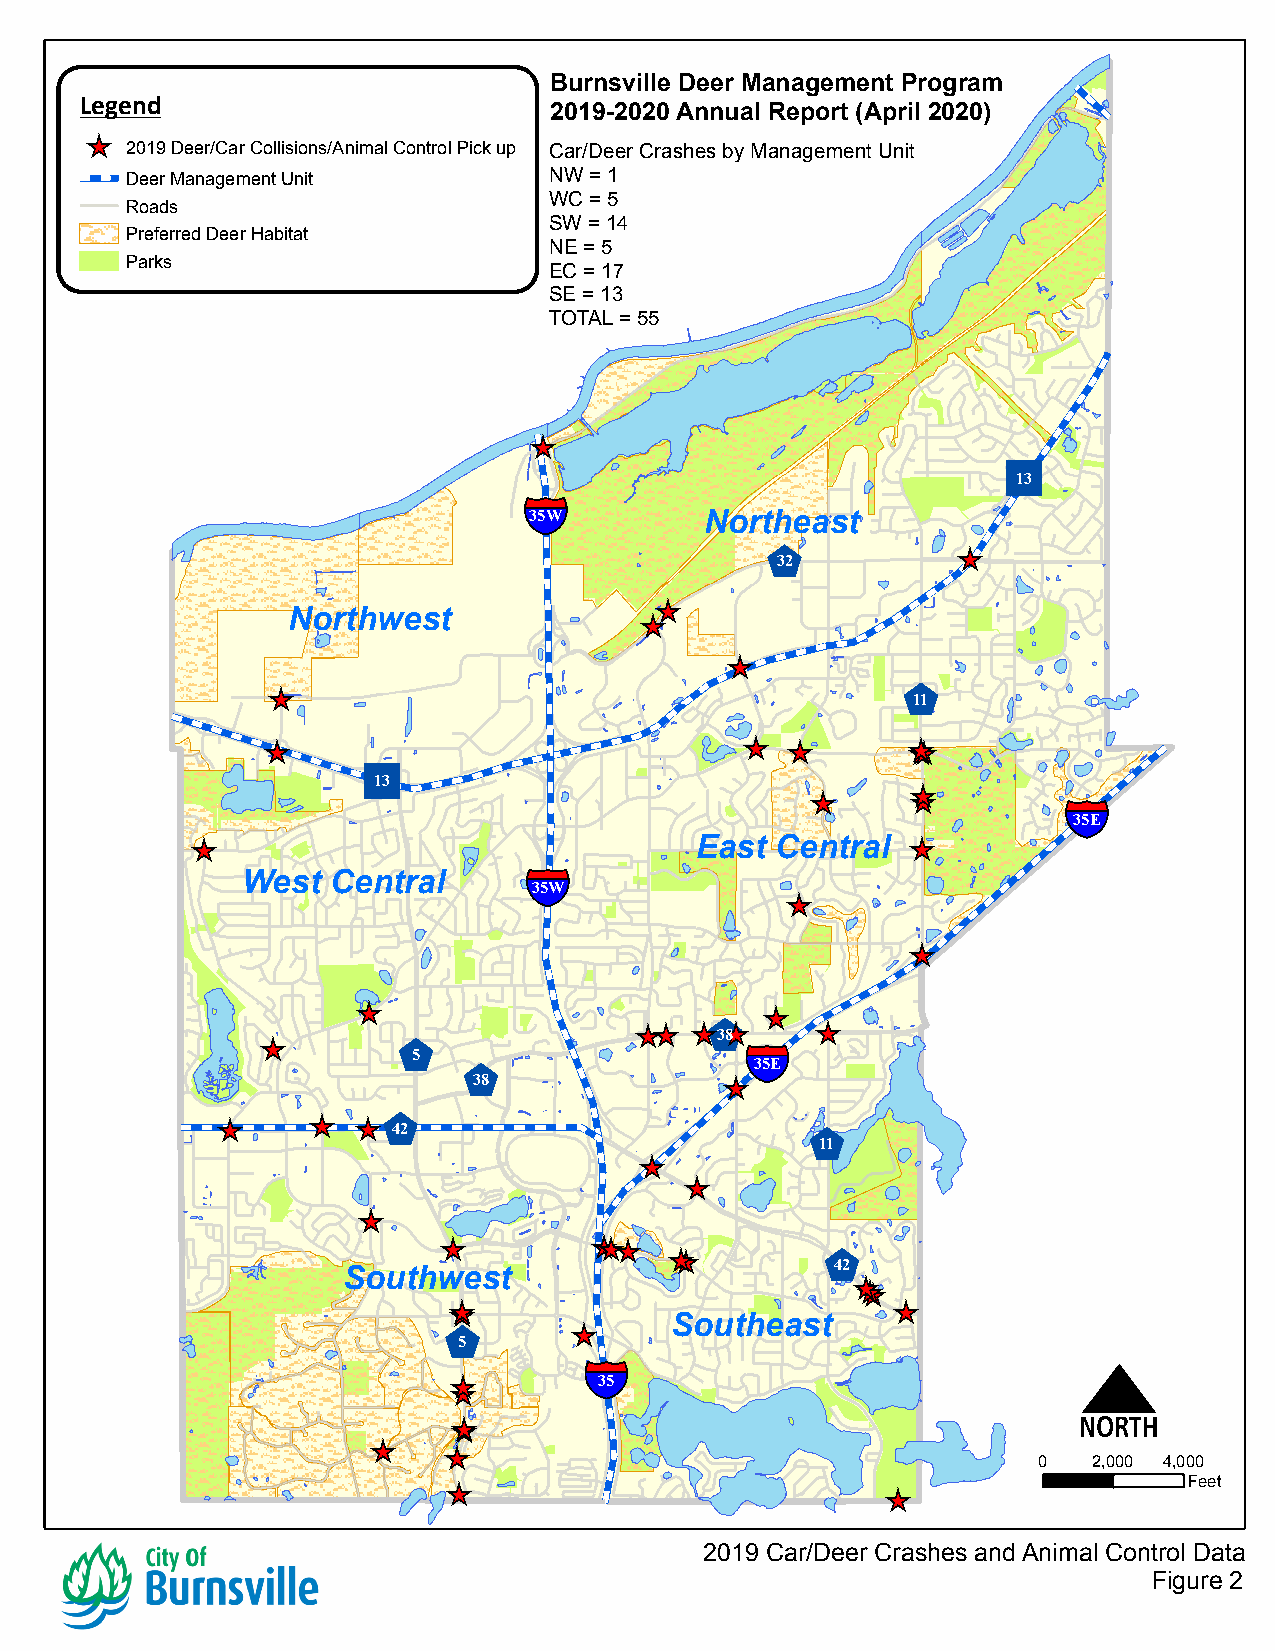
Burnsville Deer Management Program
 Legend                         2019-2020 Annual Report (April 2020)
 ^_
 2019 Deer/Car Collisions/Animal Control Pick up Car/Deer Crashes by Management Unit
 Deer Management Unit        NW = 1
 WC = 5
 Roads
 SW = 14
 Preferred Deer Habitat
 NE = 5
 Parks
 EC = 17
 SE = 13
 TOTAL = 55
 ^_
 "
 13
 §¨¦
 35W         Northeast
 $           ^_
 32
 ^_
 Northwest              ^_
 ^_
 $
 ^_
 11
 ^_                              ^_ ^_      ^_^_^_
 "
 13
 ^_
 ^_^_
 §¨¦
 35E
 ^_                               East Central  ^_
 §¨¦
 West  Central
 35W              ^_
 ^_
 ^_                         ^_
 $
 ^_^_ ^_^_   ^_
 ^_       $                    38 §¨¦
 5   $                  35E
 38               ^_
 ^_    ^_  ^_$ 42                        $
 11
 ^_
 ^_
 ^_
 ^_        ^_^_^_
 ^_^_       $
 42
 Southwest                        ^_^_^_
 ^_^_                         ^_
 $        ^_    Southeast
 5
 §¨¦                              N
 ^_ ^_     35
 ^_^_
 ^_
 ^_
 0  2,000 4,000
 ^_                           ^_                  Feet
 2019 Car/Deer Crashes and Animal Control Data
 Figure 2